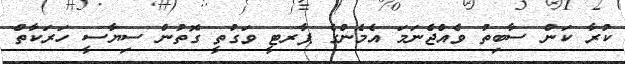
ކުރާ ކަން ސާބިތު ވެއްޖެނަމަ އެމެންގެ ޕާރޓީ ވަގުތީ ގޮތުން ސިޔާސީ ހަރަކާތް